Distribution and causation of leprosy in British India
Year: 1875
Disease focus: Leprosy
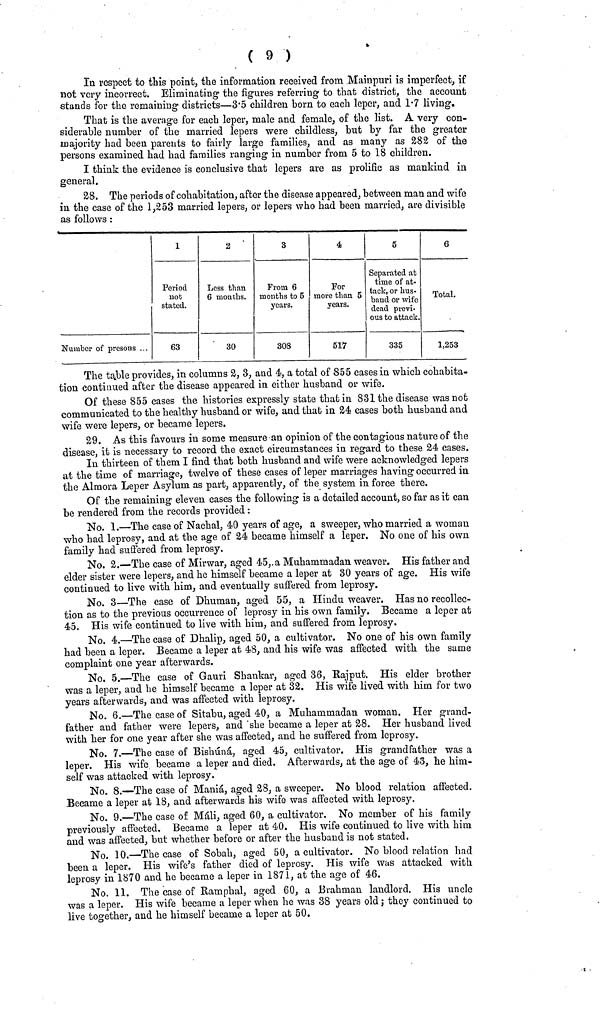
( 9 )
In respect to this point, the information received from Mainpuri is imperfect, if
not very incorrect. Eliminating· the figures referring· to that district, the account
stands for the remaining districts—3.5 children born to each leper, and 1.7 living.
That is the average for each leper, male and female, of the list. A very con-
siderable number of the married lepers were childless, but by far the greater
majority had been parents to fairly large families, and as many as 282 of the
persons examined had had families ranging in number from 5 to 18 children.
I think the evidence is conclusive that lepers are as prolific as mankind in
general.
28. The periods of cohabitation, after the disease appeared, between man and wife
in the case of the 1,253 married lepers, or lepers who had been married, are divisible
as follows :
Number of presons ...
1
Period
riot
stated.
63
2
Less than
6 mouths.
30
3
From 6
mouths to 5
years.
308
4
For
more than 5
years.
517
5
Separated at
time of at-
tack, or hus-
baud or wife
dead previ-
ous to attack.
335
6
Total.
1,253
The table provides, in columns 2, 3, and 4, a total of 855 cases in which cohabita-
tion continued after the disease appeared in either husband or wife.
Of these 855 cases the histories expressly state that in 831 the disease was not
communicated to the healthy husband or wife, and that in 24 cases both husband and
wife were lepers, or became lepers.
29. As this favours in some measure an opinion of the contagious nature of the
disease, it is necessary to record the exact circumstances in regard to these 24 cases.
In thirteen of them I find that both husband and wife were acknowledged lepers
at the time of marriage, twelve of these cases of leper marriages having occurred in
the Almora Leper Asylum as part, apparently, of the system in force there.
Of the remaining eleven cases the following is a detailed account, so far as it can
be rendered from the records provided :
No, 1.—The ease of Naehal, 40 years of age, a sweeper, who married a woman
who had leprosy, and at the age of 24 became himself a leper. No one of his own
family had suffered from leprosy.
No. 2.—The case of Mirwar, aged 45,.a Muhammadan weaver. His father and
elder sister were lepers, and he himself became a leper at 30 years of age. His wife
continued to live with him, and eventually suffered from leprosy.
No. 3—The case of Dhuman, aged 55, a Hindu weaver. Has no recollec-
tion as to the previous occurrence of leprosy in his own family. Became a leper at
45. His wife continued to live with him, and suffered from leprosy.
No. 4.—The case of Dhalip, aged 50, a cultivator. No one of his own family
had been a leper. Became a leper at. 48, and his wife was affected with the same
complaint one year afterwards.
No. 5.—The case of Gauri Shankar, aged 36, Rajput. His elder brother
was a leper, and he himself became a leper at 32. His wife lived with him for two
years afterwards, and was affected with leprosy.
No. 6.—The case of Sitabu, aged 40, a Muhammadan woman. Her grand-
father and father were lepers, and she became a leper at 28. Her husband lived
with her for one year after she was affected, and he suffered from leprosy.
No. 7.—The case of Bishúná, aged 45, cultivator. His grandfather was a
leper. His wife became a leper and died. Afterwards, at the age of 43, he him-
self was attacked with leprosy.
No. 8.—The case of Maniá, aged 28, a sweeper. No blood relation affected.
Became a leper at 18, and afterwards his wife was affected with leprosy.
No. 9.—The case of Máli, aged 60, a cultivator. No member of his family
previously affected. Became a leper at 40. His wife continued to live with him
and was affected, but whether before or after the husband is not stated.
No. 10.—The case of Sobah, aged 50, a cultivator. No blood relation had
been a leper. His wife's father died of leprosy. His wife was attacked with
leprosy in 1870 and he became a leper in 1871, at the age of 46.
No. 11. The case of Ramphal. aged 60, a Brahman landlord. His uncle
was a leper. His wife became a leper when he was 38 years old ; they continued to
live together, and he himself became a leper at 50.